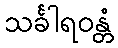
သင်္ခါရဝန္တံ